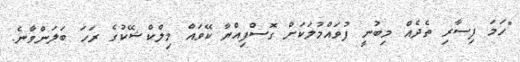
"ހަމަ ފިސާރި ތެދެއް މިބުނީ ފުވައްމުލަކަށް ގޮސްފިއްޔާ ކޭވައް މިލްކްޝޭކުގެ ރަހަ ބަލަންވާނެ.